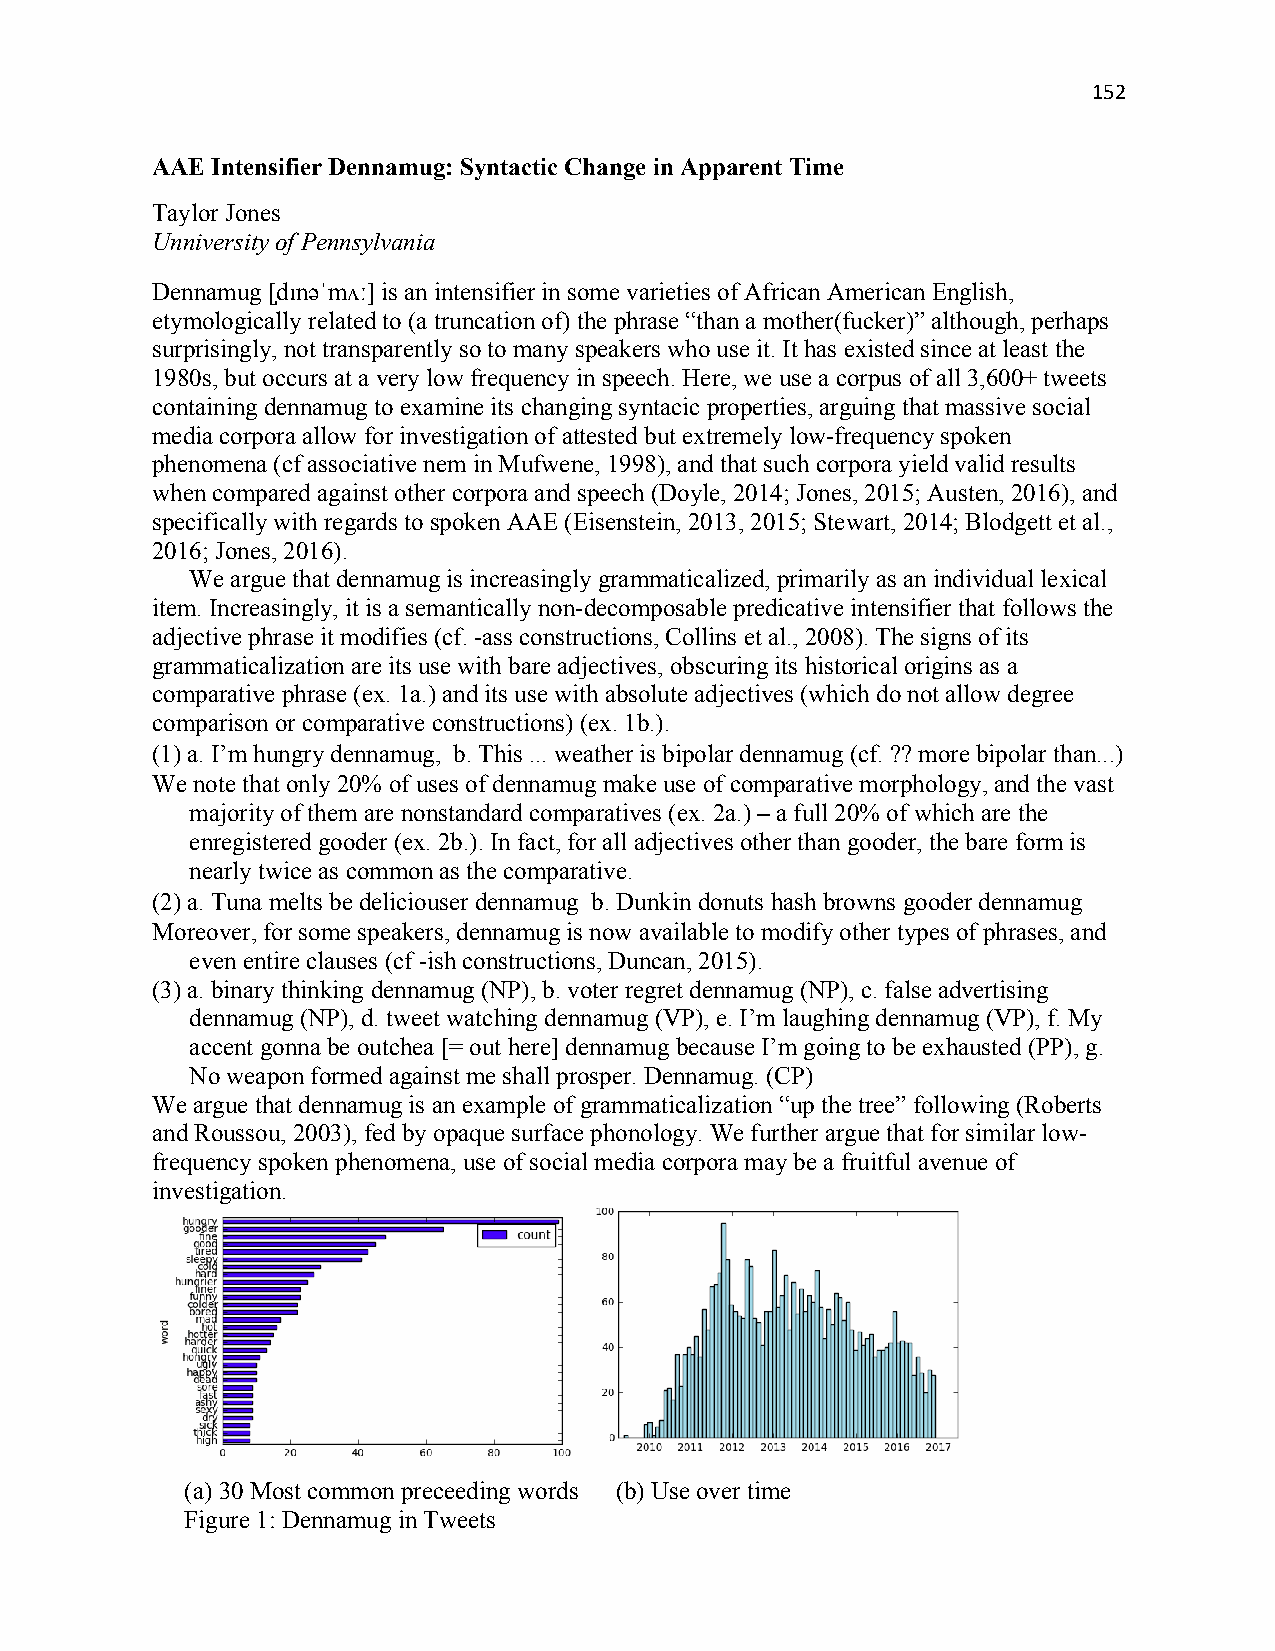
152
 AAE Intensifier Dennamug: Syntactic Change in Apparent Time
 Taylor Jones
 Unniversity of Pennsylvania
 Dennamug [̩dɪnəˈmʌː] is an intensifier in some varieties of African American English,
 etymologically related to (a truncation of) the phrase “than a mother(fucker)” although, perhaps
 surprisingly, not transparently so to many speakers who use it. It has existed since at least the
 1980s, but occurs at a very low frequency in speech. Here, we use a corpus of all 3,600+ tweets
 containing dennamug to examine its changing syntacic properties, arguing that massive social
 media corpora allow for investigation of attested but extremely low-frequency spoken
 phenomena (cf associative nem in Mufwene, 1998), and that such corpora yield valid results
 when compared against other corpora and speech (Doyle, 2014; Jones, 2015; Austen, 2016), and
 specifically with regards to spoken AAE (Eisenstein, 2013, 2015; Stewart, 2014; Blodgett et al.,
 2016; Jones, 2016).
 We argue that dennamug is increasingly grammaticalized, primarily as an individual lexical
 item. Increasingly, it is a semantically non-decomposable predicative intensifier that follows the
 adjective phrase it modifies (cf. -ass constructions, Collins et al., 2008). The signs of its
 grammaticalization are its use with bare adjectives, obscuring its historical origins as a
 comparative phrase (ex. 1a.) and its use with absolute adjectives (which do not allow degree
 comparison or comparative constructions) (ex. 1b.).
 (1) a. I’m hungry dennamug, b. This ... weather is bipolar dennamug (cf. ?? more bipolar than...)
 We note that only 20% of uses of dennamug make use of comparative morphology, and the vast
 majority of them are nonstandard comparatives (ex. 2a.) – a full 20% of which are the
 enregistered gooder (ex. 2b.). In fact, for all adjectives other than gooder, the bare form is
 nearly twice as common as the comparative.
 (2) a. Tuna melts be deliciouser dennamug b. Dunkin donuts hash browns gooder dennamug
 Moreover, for some speakers, dennamug is now available to modify other types of phrases, and
 even entire clauses (cf -ish constructions, Duncan, 2015).
 (3) a. binary thinking dennamug (NP), b. voter regret dennamug (NP), c. false advertising
 dennamug (NP), d. tweet watching dennamug (VP), e. I’m laughing dennamug (VP), f. My
 accent gonna be outchea [= out here] dennamug because I’m going to be exhausted (PP), g.
 No weapon formed against me shall prosper. Dennamug. (CP)
 We argue that dennamug is an example of grammaticalization “up the tree” following (Roberts
 and Roussou, 2003), fed by opaque surface phonology. We further argue that for similar low-
 frequency spoken phenomena, use of social media corpora may be a fruitful avenue of
 investigation.
 (a) 30 Most common preceeding words (b) Use over time
 Figure 1: Dennamug in Tweets